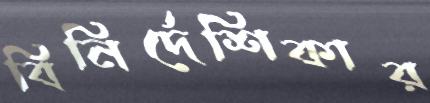
বিনির্দেশিকার